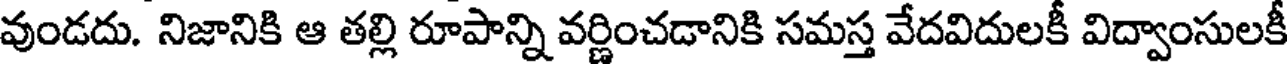
వుండదు. నిజానికి ఆ తల్లి రూపాన్ని వర్ణించడానికి సమస్త వేదవిదులకీ విద్వాంసులకీ